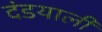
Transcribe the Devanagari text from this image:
दंडयाली